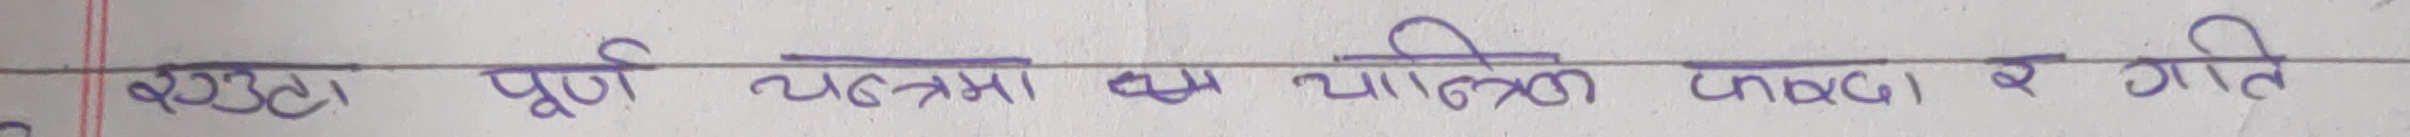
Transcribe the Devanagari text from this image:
स्प्रिङ्ग पूर्ण चक्रमा को यान्त्रिक उर्जा र गति